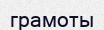
грамоты